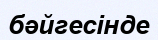
бәйгесінде